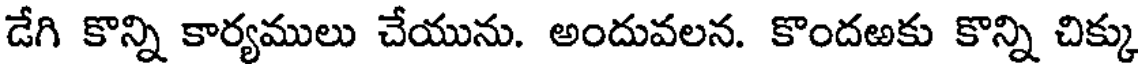
డేగి కొన్ని కార్యములు చేయును. అందువలన. కొందఱకు కొన్ని చిక్కు